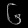
Digit: ၆